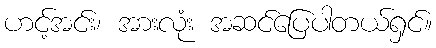
ဟင့်အင်း၊ အားလုံး အဆင်ပြေပါတယ်ရှင်။